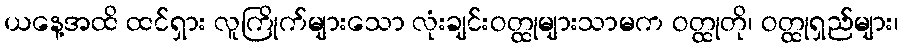
ယနေ့အထိ ထင်ရှား လူကြိုက်များသော လုံးချင်းဝတ္ထုများသာမက ဝတ္ထုတို၊ ဝတ္ထုရှည်များ၊